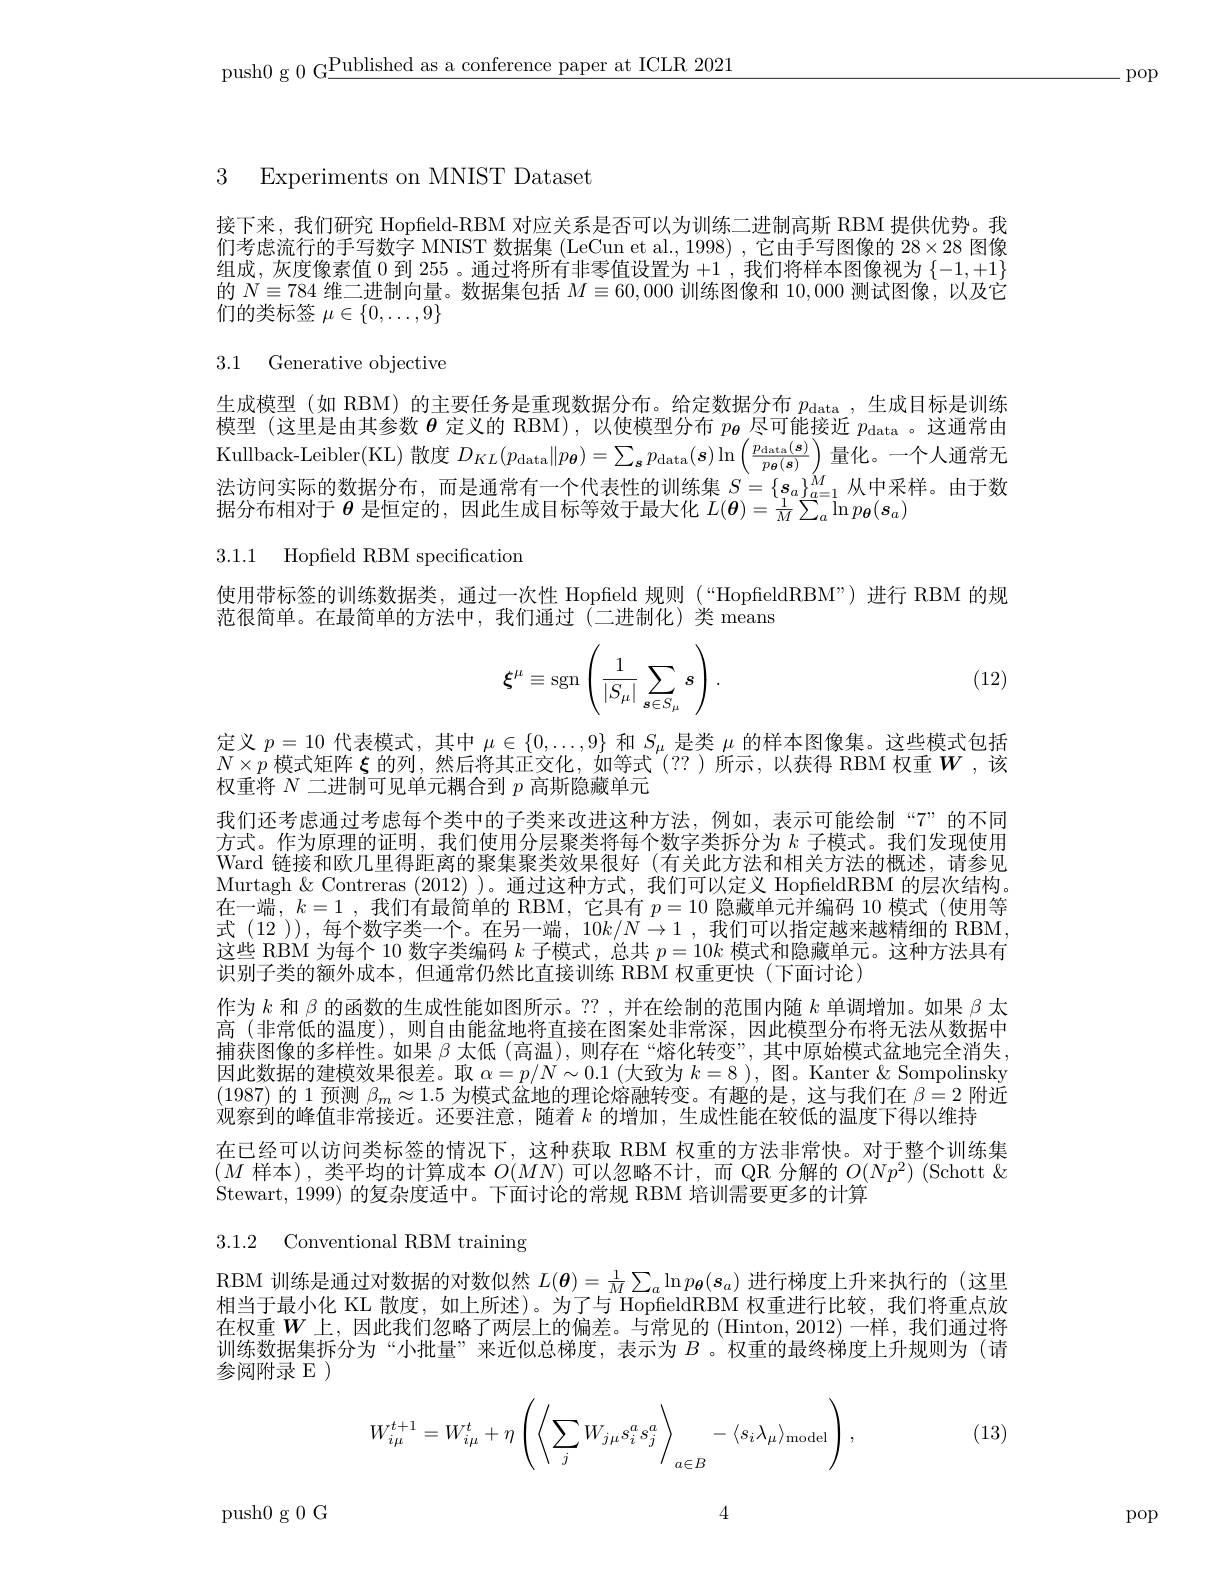
push0 g 0 G$\underline\text{Published as a conference paper at ICLR 2021}$

-pop

3 Experiments on MNIST Datase

接下来，我们研究 Hopfield-RBM 对应关系是否可以为训练二进制高斯 RBM 提供优势。我们考虑流行的手写数字 MNIST 数据集 (LeCun et al., 1998) , 它由手写图像的$28\times28$图像组成，灰度像素值0到 255 。通过将所有非零值设置为+1 ,我们将样本图像视为$\{-1,+1\}$ 的$N\equiv784$维二进制向量。数据集包括$M\equiv60,0000$训练图像和10，000测试图像，以及它们的类标签$\mu\in\{0,\ldots,9\}$

3.1 Generative objective

生成模型(如 RBM) 的主要任务是重现数据分布。给定数据分布$p_\mathrm{data}$ ,生成目标是训练模型 (这里是由其参数$\boldsymbol{\theta}$定义的 RBM),以使模型分布$p_\boldsymbol{\theta}$尽可能接近$p_\mathrm{data}$ 。这通常由Kullback-Leibler(KL) 散度$D_{KL}(p_{\mathrm{data}}\|p_{\boldsymbol{\theta}})=\sum_{\boldsymbol{s}}p_{\mathrm{data}}(\boldsymbol{s})\ln\left(\frac{p_{\mathrm{data}}(\boldsymbol{s})}{p_{\boldsymbol{\theta}}(\boldsymbol{s})}\right)$量化。一个人通常无法访问实际的数据分布，而是通常有一个代表性的训练集$S=\{\boldsymbol{s}_a\}_{a=1}^M$从中采样。由于数据分布相对于$\boldsymbol{\theta}$是恒定的，因此生成目标等效于最大化$L(\boldsymbol{\theta})=\frac1M\sum_a\ln p_{\boldsymbol{\theta}}(\boldsymbol{s}_a)$

3.1.1 Hopfield RBM specification

使用带标签的训练数据类，通过一次性 Hopfield 规则(“HopfieldRBM”)进行 RBM 的规
范很简单。在最简单的方法中，我们通过(二进制化)类 means
$$\xi^\mu\equiv\operatorname{sgn}\left(\frac{1}{|S_\mu|}\sum_{s\in S_\mu}s\right).$$
(12)

定义$p=10$代表模式，其中$\mu\in\{0,\ldots,9\}$和$S_\mu$是类$\mu$的样本图像集。这些模式包括$N\times p$模式矩阵$\xi$的列，然后将其正交化，如等式(??)所示，以获得 RBM 权重$W$ ,该权重将$N$二进制可见单元耦合到$p$高斯隐藏单元
我们还考虑通过考虑每个类中的子类来改进这种方法，例如，表示可能绘制“7”的不同方式。作为原理的证明，我们使用分层聚类将每个数字类拆分为$k$子模式。我们发现使用Ward 链接和欧几里得距离的聚集聚类效果很好(有关此方法和相关方法的概述，请参见Murtagh $\&$ Contreras (2012) )。通过这种方式，我们可以定义 HopfieldRBM 的层次结构。在一端，$k=1$ ,我们有最简单的 RBM,它具有$p=10$隐藏单元并编码 10 模式(使用等式 (12 )),每个数字类一个。在另一端，$10k/N\to1$ ,我们可以指定越来越精细的 RBM, 这些 RBM 为每个 10 数字类编码$k$子模式，总共$p=10k$模式和隐藏单元。这种方法具有识别子类的额外成本，但通常仍然比直接训练 RBM 权重更快(下面讨论)
作为$k$和$\beta$的函数的生成性能如图所示。??,并在绘制的范围内随$k$单调增加。如果$\beta$太高 (非常低的温度),则自由能盆地将直接在图案处非常深，因此模型分布将无法从数据中捕获图像的多样性。如果$\beta$太低 (高温),则存在“熔化转变”,其中原始模式盆地完全消失， 因此数据的建模效果很差。取$\alpha=p/N\sim0.1$ (大致为$k=8)$,图。Kanter $\&$ Sompolinsky (1987)的1预测$\beta_m\approx1.5$为模式盆地的理论熔融转变。有趣的是，这与我们在$\beta=2$附近观察到的峰值非常接近。还要注意，随着$k$的增加，生成性能在较低的温度下得以维持
在已经可以访问类标签的情况下，这种获取 RBM 权重的方法非常快。对于整个训练集$(M$样本),类平均的计算成本$O(MN)$可以忽略不计，而 QR 分解的$O(Np^2)$ (Schott & Stewart, 1999) 的复杂度适中。下面讨论的常规 RBM 培训需要更多的计算

3.1.2 Conventional RBM training

RBM 训练是通过对数据的对数似然$L(\boldsymbol{\theta})=\frac1M\sum_a\ln p_{\boldsymbol{\theta}}(\boldsymbol{s}_a)$进行梯度上升来执行的 (这里相当于最小化 KL 散度，如上所述)。为了与 HopfieldRBM 权重进行比较，我们将重点放在权重$W$上，因此我们忽略了两层上的偏差。与常见的(Hinton,2012)一样，我们通过将训练数据集拆分为“小批量”来近似总梯度，表示为$B$ 。权重的最终梯度上升规则为(请参阅附录 E )

(13)
$$W_{i\mu}^{t+1}=W_{i\mu}^t+\eta\left(\left\langle\sum_jW_{j\mu}s_i^as_j^a\right\rangle_{a\in B}-\langle s_i\lambda_\mu\rangle_{\mathrm{model}}\right),$$
4

push0g0G

pop